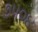
૭૫૦૪